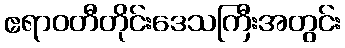
ဧရာဝတီတိုင်းဒေသကြီးအတွင်း